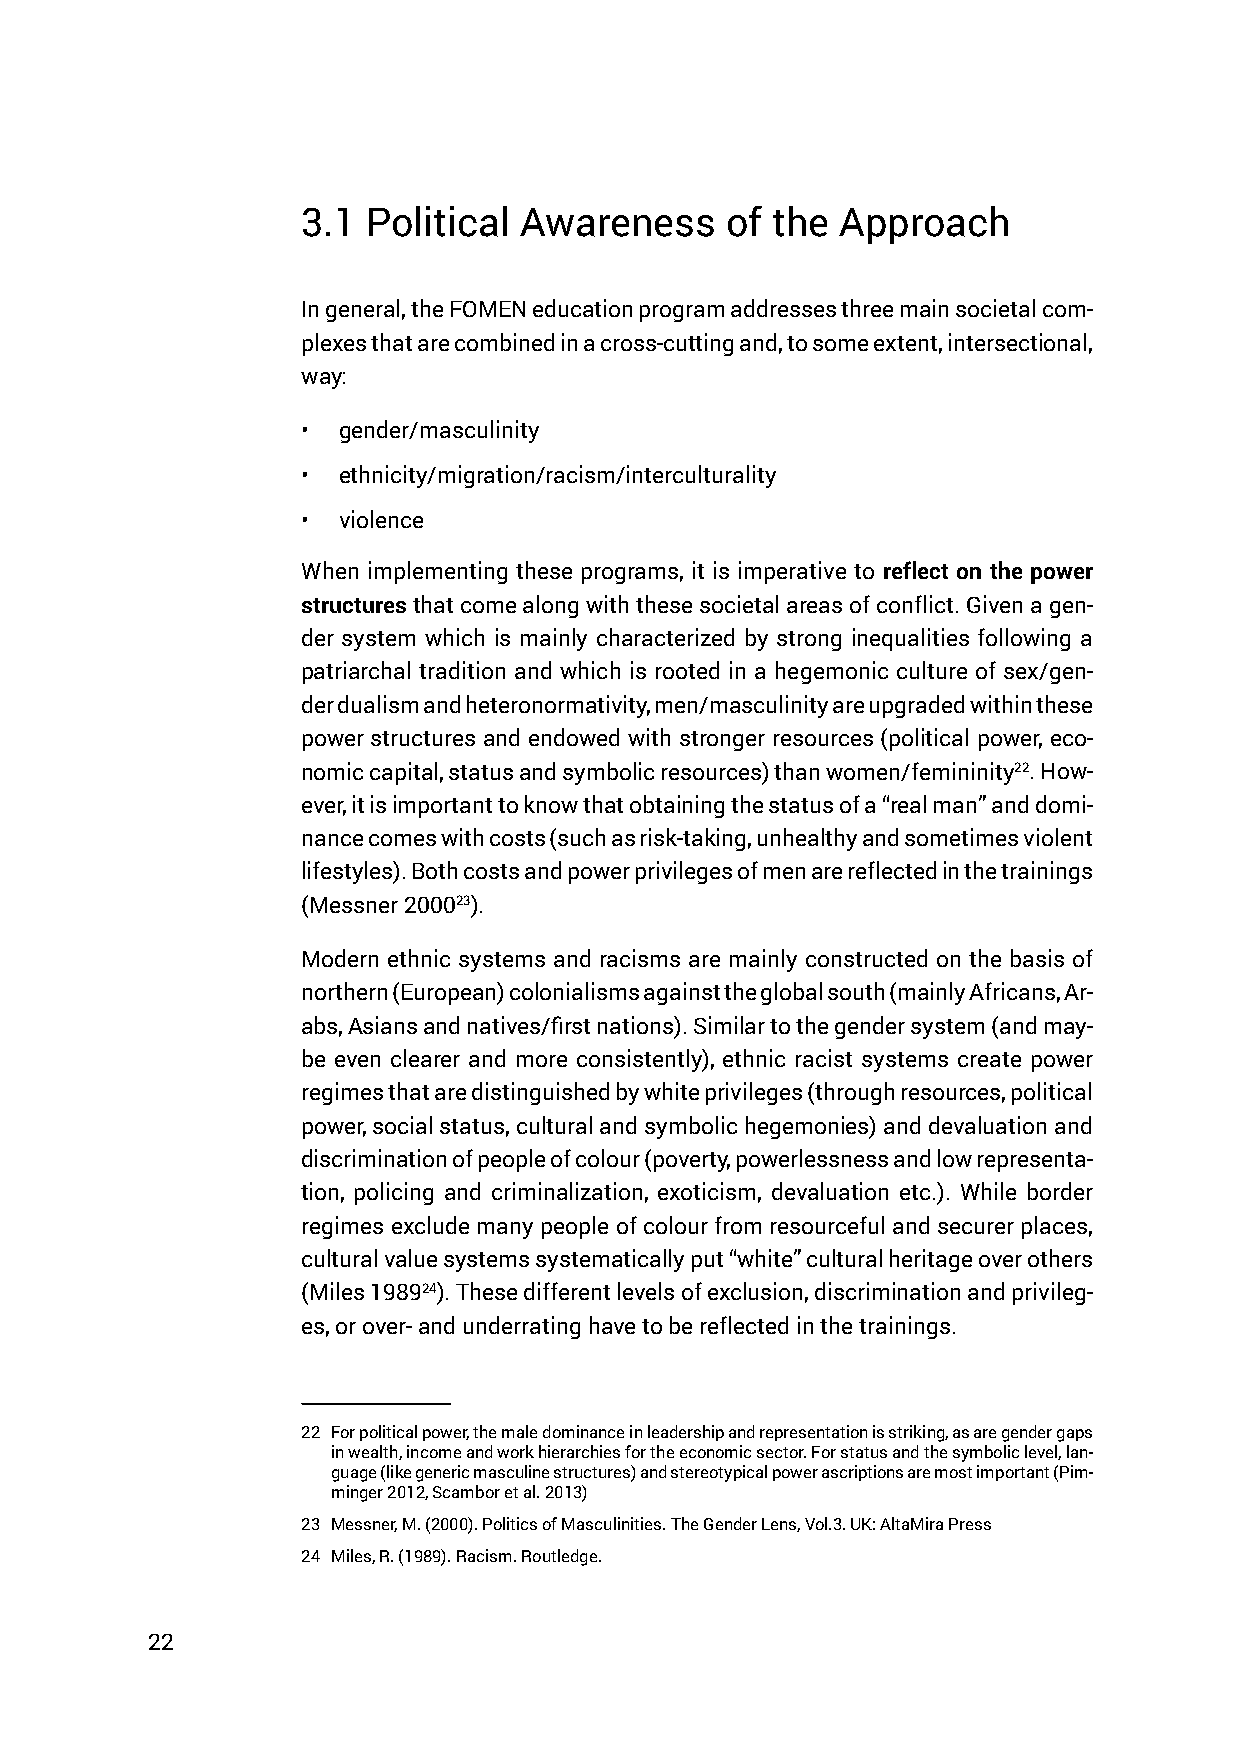
3.1 Political Awareness     of the  Approach
 In general, the FOMEN education program addresses three main societal com-
 plexes that are combined in a cross-cutting and, to some extent, intersectional,
 way:
 • gender/masculinity
 • ethnicity/migration/racism/interculturality
 • violence
 When implementing these programs, it is imperative to reflect on the power
 structures that come along with these societal areas of conflict. Given a gen-
 der system which is mainly characterized by strong inequalities following a
 patriarchal tradition and which is rooted in a hegemonic culture of sex/gen-
 der dualism and heteronormativity, men/masculinity are upgraded within these
 power structures and endowed with stronger resources (political power, eco-
 nomic capital, status and symbolic resources) than women/femininity22. How-
 ever, it is important to know that obtaining the status of a “real man” and domi-
 nance comes with costs (such as risk-taking, unhealthy and sometimes violent
 lifestyles). Both costs and power privileges of men are reflected in the trainings
 (Messner 200023).
 Modern ethnic systems and racisms are mainly constructed on the basis of
 northern (European) colonialisms against the global south (mainly Africans, Ar-
 abs, Asians and natives/first nations). Similar to the gender system (and may-
 be even clearer and more consistently), ethnic racist systems create power
 regimes that are distinguished by white privileges (through resources, political
 power, social status, cultural and symbolic hegemonies) and devaluation and
 discrimination of people of colour (poverty, powerlessness and low representa-
 tion, policing and criminalization, exoticism, devaluation etc.). While border
 regimes exclude many people of colour from resourceful and securer places,
 cultural value systems systematically put “white” cultural heritage over others
 (Miles 198924). These different levels of exclusion, discrimination and privileg-
 es, or over- and underrating have to be reflected in the trainings.
 22 For political power, the male dominance in leadership and representation is striking, as are gender gaps
 in wealth, income and work hierarchies for the economic sector. For status and the symbolic level, lan-
 guage (like generic masculine structures) and stereotypical power ascriptions are most important (Pim-
 minger 2012, Scambor et al. 2013)
 23 Messner, M. (2000). Politics of Masculinities. The Gender Lens, Vol.3. UK: AltaMira Press
 24 Miles, R. (1989). Racism. Routledge.
 22